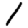
Digit: 1